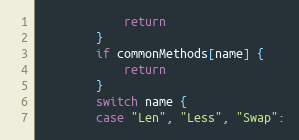
Language: Go
			return
		}
		if commonMethods[name] {
			return
		}
		switch name {
		case "Len", "Less", "Swap":